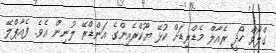
ގްލޯވް ހޯދީ ރެއާލް މެޑްރިޑަށް ކުޅޭ ޔޫކްރެއިންގެ އަންޑްރޭ ލުނިން އެވެ. ފެއާޕްލޭ